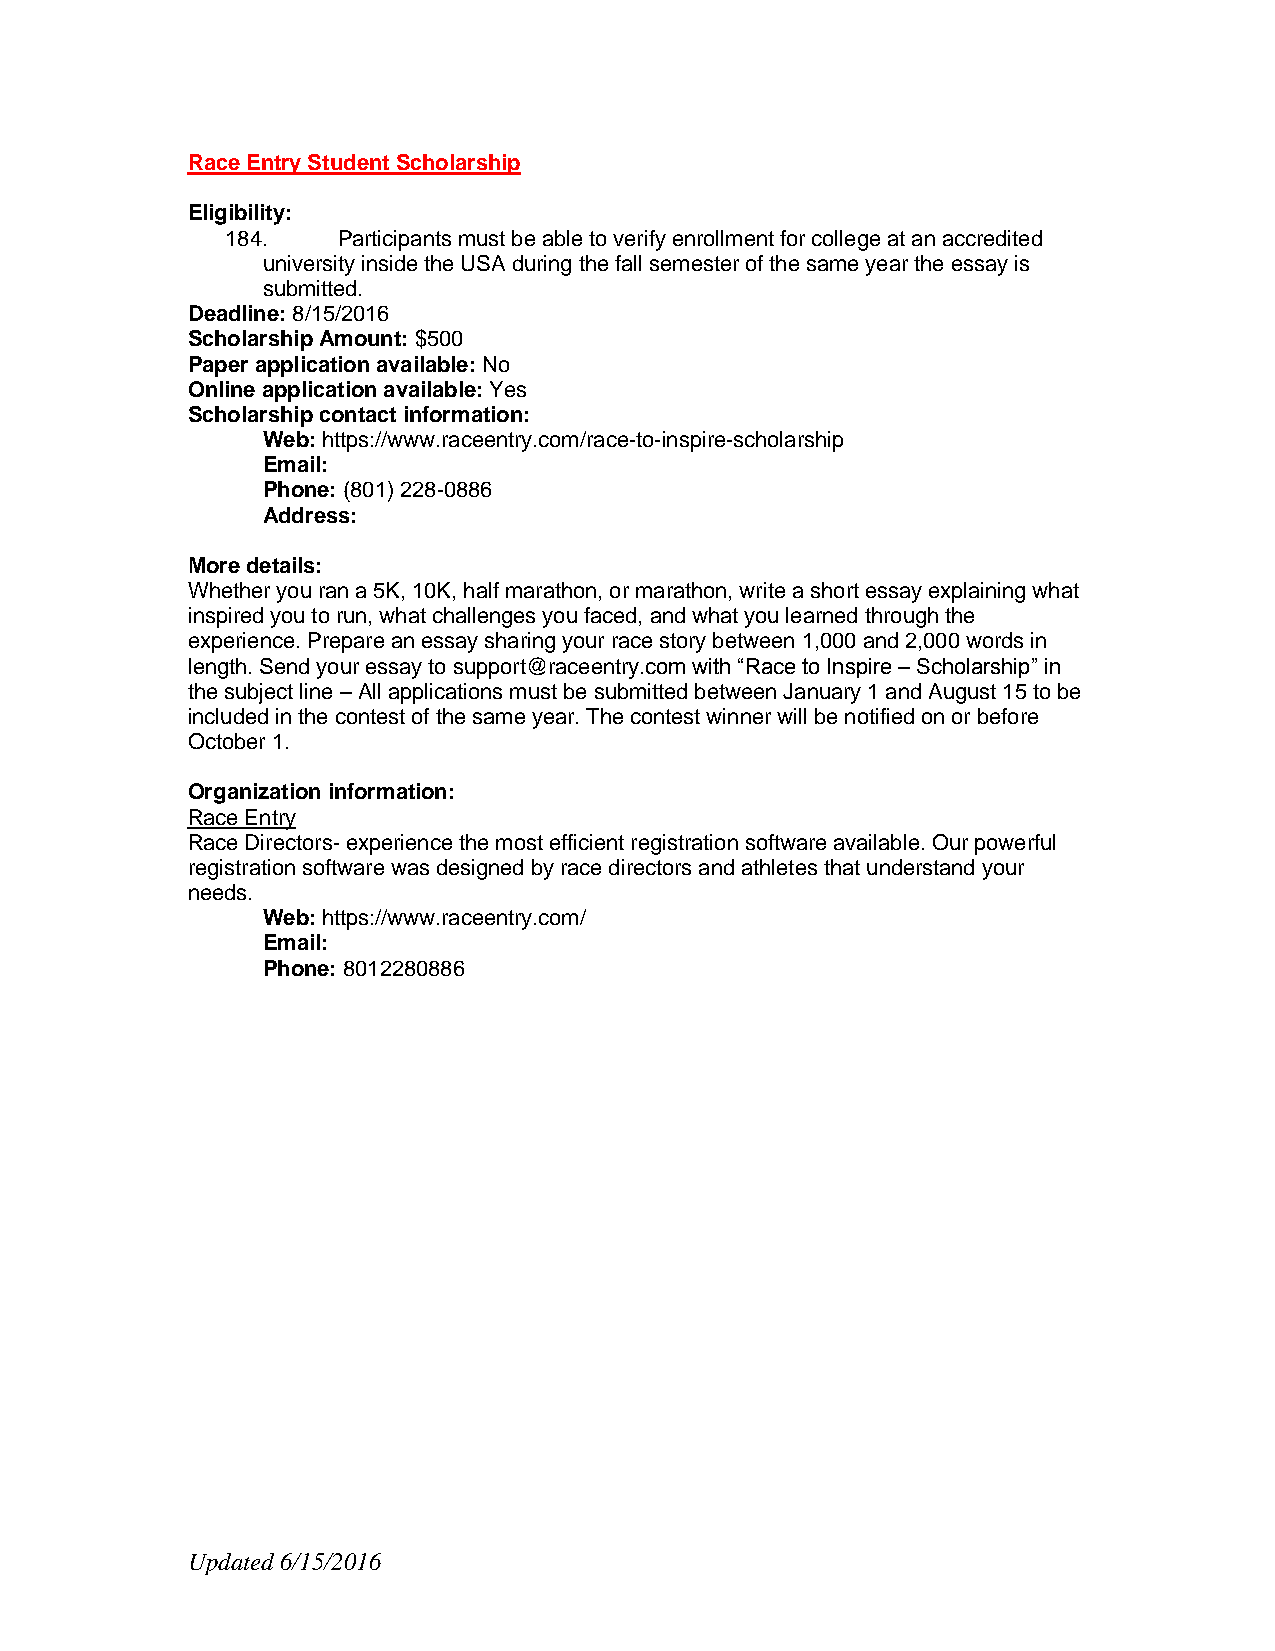
Race Entry Student Scholarship
 Eligibility:
 184.   Participants must be able to verify enrollment for college at an accredited
 university inside the USA during the fall semester of the same year the essay is
 submitted.
 Deadline: 8/15/2016
 Scholarship Amount: $500
 Paper application available: No
 Online application available: Yes
 Scholarship contact information:
 Web: https://www.raceentry.com/race-to-inspire-scholarship
 Email:
 Phone: (801) 228-0886
 Address:
 More details:
 Whether you ran a 5K, 10K, half marathon, or marathon, write a short essay explaining what
 inspired you to run, what challenges you faced, and what you learned through the
 experience. Prepare an essay sharing your race story between 1,000 and 2,000 words in
 length. Send your essay to support@raceentry.com with “Race to Inspire – Scholarship” in
 the subject line – All applications must be submitted between January 1 and August 15 to be
 included in the contest of the same year. The contest winner will be notified on or before
 October 1.
 Organization information:
 Race Entry
 Race Directors- experience the most efficient registration software available. Our powerful
 registration software was designed by race directors and athletes that understand your
 needs.
 Web: https://www.raceentry.com/
 Email:
 Phone: 8012280886
 Updated 6/15/2016